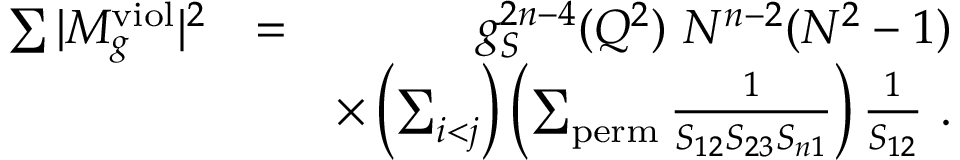
\begin{array} { r l r } { \sum \vert M _ { g } ^ { \mathrm { v i o l } } \vert ^ { 2 } } & { = } & { g _ { S } ^ { 2 n - 4 } ( Q ^ { 2 } ) ~ N ^ { n - 2 } ( N ^ { 2 } - 1 ) } \\ & { } & { \times \left( \sum _ { i < j } \right) \left( \sum _ { \mathrm { p e r m } } \frac { 1 } { S _ { 1 2 } S _ { 2 3 } S _ { n 1 } } \right) \frac { 1 } { S _ { 1 2 } } ~ . } \end{array}